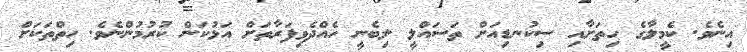
އިނެވެ. ކެމީލާގެ ހިތަށާއި ސިކުނޑިއަށް ތަސައްލީ ލިބެނީ ހެއްދެވިފަރާތަށް އަޅުކަން ކުރުމުންނެވެ. ހިތްތަކަށް